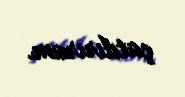
çatdırıram.